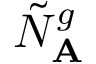
\tilde { N } _ { \mathbf { A } } ^ { g }